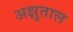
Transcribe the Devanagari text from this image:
अक्षुताल